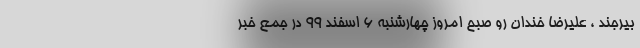
بیرجند ، علیرضا خندان رو صبح امروز چهارشنبه 6 اسفند 99 در جمع خبر